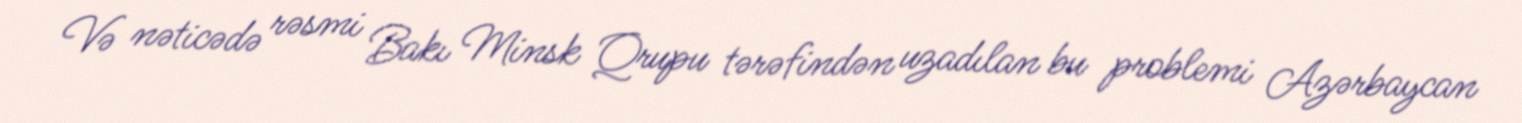
Və nəticədə rəsmi Bakı Minsk Qrupu tərəfindən uzadılan bu problemi Azərbaycan